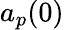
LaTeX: a_{p}(0)